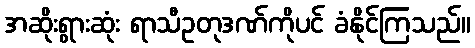
အဆိုးရွားဆုံး ရာသီဥတုဒဏ်ကိုပင် ခံနိုင်ကြသည်။